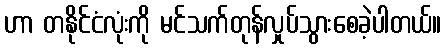
ဟာ တနိုင်ငံလုံးကို မင်သက်တုန်လှုပ်သွားစေခဲ့ပါတယ်။